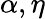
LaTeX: \alpha,\eta